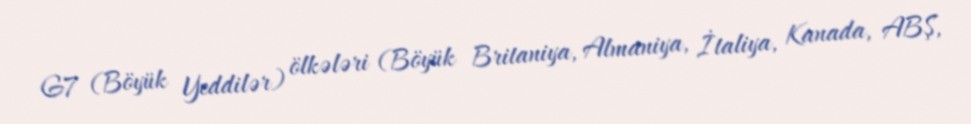
G7 (Böyük Yeddilər) ölkələri (Böyük Britaniya, Almaniya, İtaliya, Kanada, ABŞ,